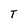
Character: T